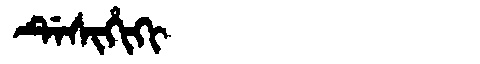
Manchu: ᡩᡝᠰᡳᡥᡳᡴᡳ
Romanization: DESIHIKI